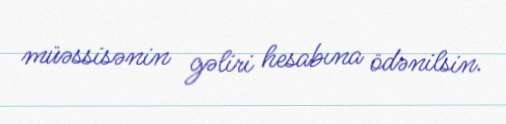
müəssisənin gəliri hesabına ödənilsin.